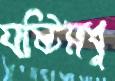
যষ্টিমধু